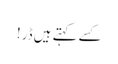
کسے کہتے ہیں ڈر!